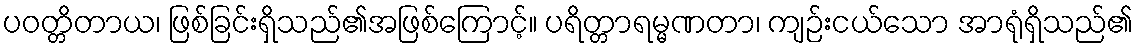
ပဝတ္တိတာယ၊ ဖြစ်ခြင်းရှိသည်၏အဖြစ်ကြောင့်။ ပရိတ္တာရမ္မဏတာ၊ ကျဉ်းငယ်သော အာရုံရှိသည်၏